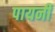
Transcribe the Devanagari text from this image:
पायनी